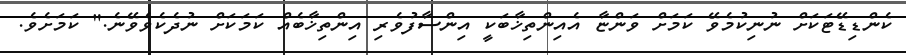
ކެންޑިޑޭޓަކަށް ނުނިކުމެވޭ ކަމަށް ވަންޏާ އެއިންތިޚާބަކީ އިންސާފުވެރި އިންތިޚާބެއް ކަމަކަށް ނުދެކެވެވޭނެ." ކަމަށެވެ.